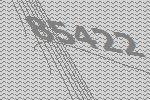
85422